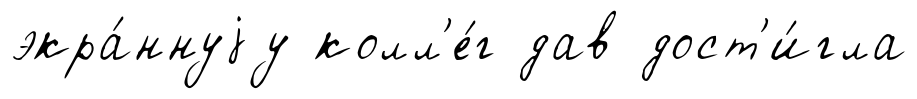
экра́ннуjу колл'е́г дав дост'и́гла